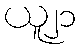
ယူ၂၁